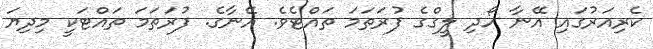
ކެރިއަރުގައި އޭނާ ހޯދި ލީގްގެ ފުރަތަމަ ތައްޓެވެ. އޭނާގެ. ފުރަތަމަ ތައްޓަކީ މިދިޔަ